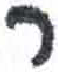
אות: ר